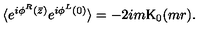
\langle e ^ { i \phi ^ { R } ( \bar { z } ) } e ^ { i \phi ^ { L } ( 0 ) } \rangle = - 2 i m \mathrm { K } _ { 0 } ( m r ) .